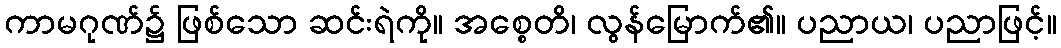
ကာမဂုဏ်၌ ဖြစ်သော ဆင်းရဲကို။ အစ္စေတိ၊ လွန်မြောက်၏။ ပညာယ၊ ပညာဖြင့်။